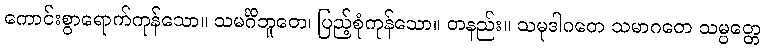
ကောင်းစွာရောက်ကုန်သော။ သမင်္ဂိဘူတေ၊ ပြည့်စုံကုန်သော။ တနည်း။ သမုဒါဂတေ သမာဂတေ သမ္ပတ္တေ